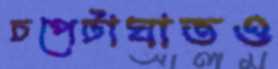
চপেটাঘাতও